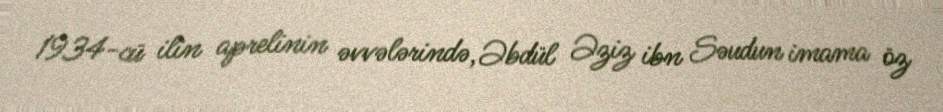
1934-cü ilin aprelinin əvvələrində,Əbdül Əziz ibn Səudun imama öz